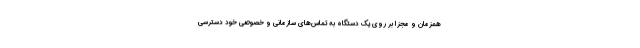
همزمان و مجزا بر روی یک دستگاه به تماس‌های سازمانی و خصوصی خود دسترسی